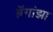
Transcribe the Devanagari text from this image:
ब्रॅगांझा